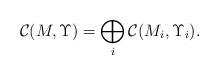
LaTeX: \begin{align*}\mathcal{C}(M,\Upsilon) = \bigoplus_i \mathcal{C}(M_i,\Upsilon_i).\end{align*}